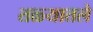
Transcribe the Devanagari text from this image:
तळ्यातले